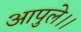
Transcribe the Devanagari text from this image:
आपुले।।